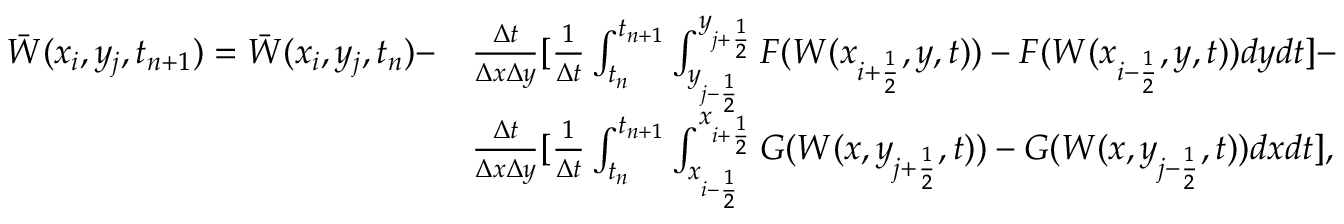
\begin{array} { r l } { \Bar W ( x _ { i } , y _ { j } , t _ { n + 1 } ) = \Bar W ( x _ { i } , y _ { j } , t _ { n } ) - } & { \frac { \Delta t } { \Delta x \Delta y } [ \frac { 1 } { \Delta t } \int _ { t _ { n } } ^ { t _ { n + 1 } } \int _ { y _ { j - \frac { 1 } { 2 } } } ^ { y _ { j + \frac { 1 } { 2 } } } F ( W ( x _ { i + \frac { 1 } { 2 } } , y , t ) ) - F ( W ( x _ { i - \frac { 1 } { 2 } } , y , t ) ) d y d t ] - } \\ & { \frac { \Delta t } { \Delta x \Delta y } [ \frac { 1 } { \Delta t } \int _ { t _ { n } } ^ { t _ { n + 1 } } \int _ { x _ { i - \frac { 1 } { 2 } } } ^ { x _ { i + \frac { 1 } { 2 } } } G ( W ( x , y _ { j + \frac { 1 } { 2 } } , t ) ) - G ( W ( x , y _ { j - \frac { 1 } { 2 } } , t ) ) d x d t ] , } \end{array}